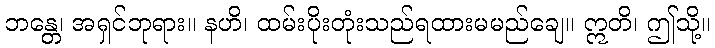
ဘန္တေ၊ အရှင်ဘုရား။ နဟိ၊ ထမ်းပိုးတုံးသည်ရထားမမည်ချေ။ ဣတိ၊ ဤသို့။